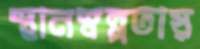
স্থানস্বল্পতায়